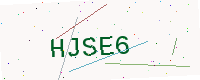
Text: HJSE6